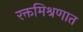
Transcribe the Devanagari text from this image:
रक्तमिश्रणात